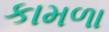
કામળા